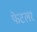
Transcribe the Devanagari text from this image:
फेटलर